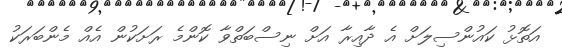
އަތޮޅު ކައުންސިލަށް އެ ދާއިރާ އަށް ނިސްބަތްވާ ކޮންމެ ރަށަކުން އެއް މެންބަރަކު